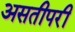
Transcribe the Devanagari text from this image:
असतीपरी